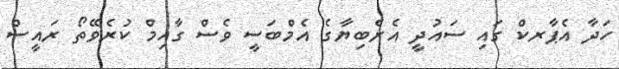
ހަދާ އެޕާރކް ގައި ސައުދީ އެރެބިޔާގެ އެމްބަސީ ވެސް ގާއިމް ކުރެވޭތޯ ރައީސް